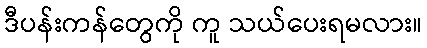
ဒီပန်းကန်တွေကို ကူ သယ်ပေးရမလား။